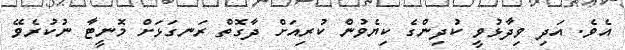
އެވެ. އަދި ވިދާޅުވީ ކުދިންގެ ކިޔެވުން ކުރިއަށް ދާގޮތް ރަނގަޅަށް މޮނީޓާ ނުކުރެވޭ